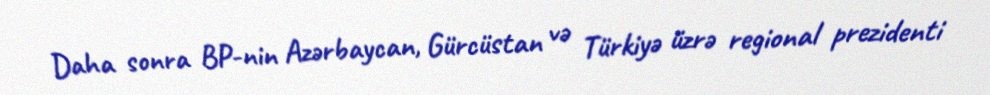
Daha sonra BP-nin Azərbaycan, Gürcüstan və Türkiyə üzrə regional prezidenti